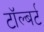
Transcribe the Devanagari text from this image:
टॉल्बर्ट